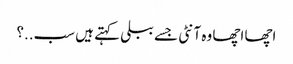
اچھا اچھا وہ آنٹی جسے ببلی کہتے ہیں سب..؟